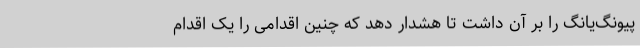
پیونگ‌یانگ را بر آن داشت تا هشدار دهد که چنین اقدامی را یک اقدام